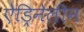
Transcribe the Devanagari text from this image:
ऐड्रिनेलीन